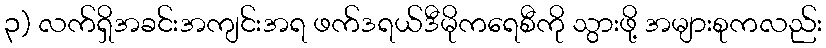
၃) လက်ရှိအခင်းအကျင်းအရ ဖက်ဒရယ်ဒီမိုကရေစီကို သွားဖို့ အများစုကလည်း